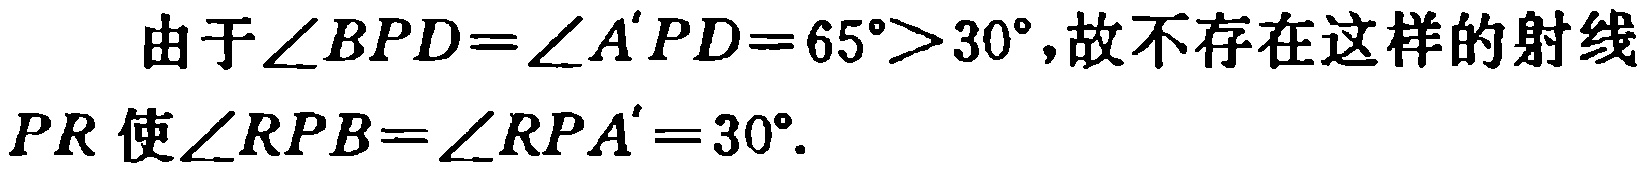
由于\(\angle BPD = \angle A'PD = 65^{\circ} > 30^{\circ}\)，故不存在这样的射线\(PR\)使\(\angle RPB=\angle RPA' = 30^{\circ}\)。